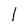
Character: I